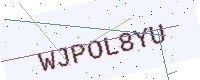
Text: WJPOL8YU